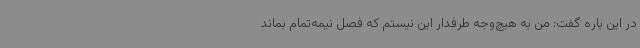
در این باره گفت: من به هیچ‌وجه طرفدار این نیستم که فصل نیمه‌تمام بماند